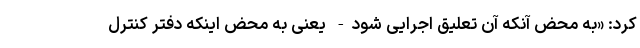
کرد: «به محض آنکه آن تعلیق اجرایی شود- یعنی به محض اینکه دفتر کنترل